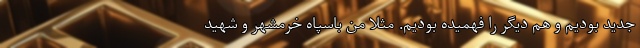
جدید بودیم و هم دیگر را فهمیده بودیم. مثلا من باسپاه خرمشهر و شهید